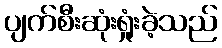
ပျက်စီးဆုံးရှုံးခဲ့သည်